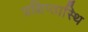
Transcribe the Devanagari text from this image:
प्रक्षिप्तास्थि